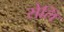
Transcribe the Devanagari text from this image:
सेलिं